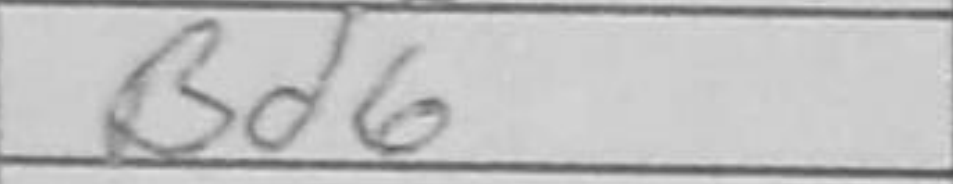
Transcription: Bd6